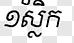
១ស្លិក